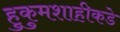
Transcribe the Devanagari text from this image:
हुकुमशाहीकडे